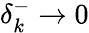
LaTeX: \delta_{k}^{-}\to 0